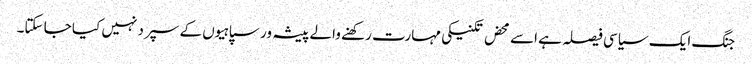
جنگ ایک سیاسی فیصلہ ہے اسے محض تکنیکی مہارت رکھنے والے پیشہ ور سپاہیوں کے سپرد نہیں کیا جا سکتا۔